Reports on military cantonments and civil stations in the Presidency of Bombay inspected by the Sanitary Commissioner in the years 1875 and 1876
Year: 1875
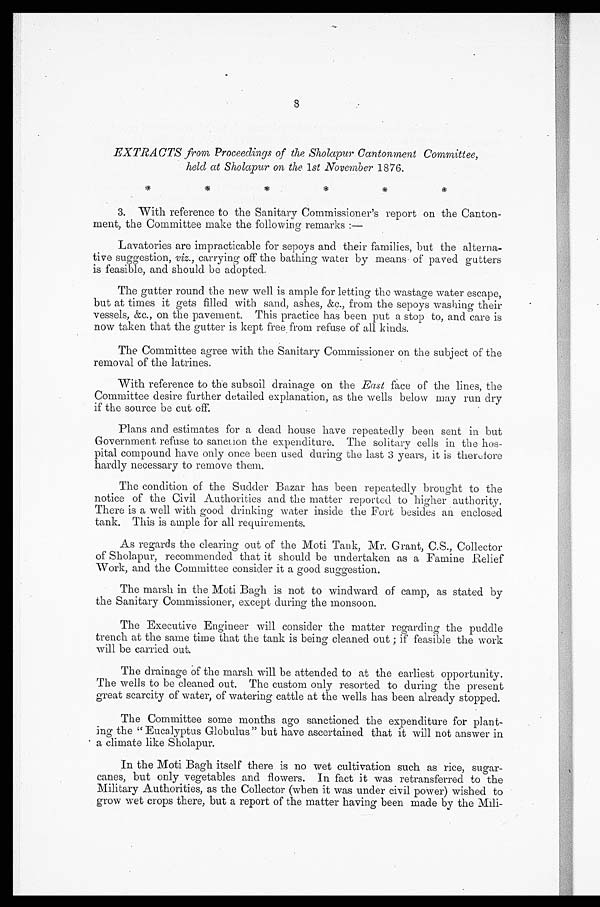
EXTRACTS from Proceedings of the Sholapur Cantonment Committee,
held at Sholapur on the 1st November 1876.
3. With reference to the Sanitary Commissioner’ us report on the Canton
- ment, the Committee make the following remarks :—
Lavatories are impracticable for sepoys and their families, but the alterna-
tive suggestion, viz., carrying off the bathing water by means of paved gutters
is feasible, and should be adopted.
The gutter round the new well is ample for letting the wastage water escape,
but at times it gets filled with sand, ashes, &c., from the sepoys washing their
vessels, &c., on the pavement. This practice has been put a stop to, and care is
now taken that the gutter is kept free from refuse of all kinds.
The Committee agree with the Sanitary Commissioner on the subject of the
removal of the latrines.
With reference to the subsoil drainage on the East face of the lines, the
Committee desire further detailed explanation, as the wells below may run dry
if the source be cut off.
Plans and estimates for a dead house have repeatedly been sent in but
Government refuse to sanction the expenditure. The solitary cells in the hos-
pital compound have only once been used during the last 3 years, it is therefore
hardly necessary to remove them.
The condition of the Sudder Bazar has been repeatedly brought to the
notice of the Civil Authorities and the matter reported to higher authority.
There is a well with good drinking water inside the Fort besides an enclosed
tank. This is ample for all requirements.
As regards the clearing out of the Moti Tank, Mr. Grant, C.S., Collector
of Sholapur, recommended that it should be undertaken as a Famine Relief
Work, and the Committee consider it a good suggestion.
The marsh in the Moti Bagh is not to windward of camp, as stated by
the Sanitary Commissioner, except during the monsoon.
The Executive Engineer will consider the matter regarding the puddle
trench at the same time that the tank is being cleaned out; if feasible the work
will be carried out.
The drainage of the marsh will be attended to at the earliest opportunity.
The wells to be cleaned out. The custom only resorted to during the present
great scarcity of water, of watering cattle at the wells has been already stopped.
The Committee some months ago sanctioned the expenditure for plant-
ing the "Eucalyptus Globulus" but have ascertained that it will not answer in
a climate like Sholapur.
In the Moti Bagh itself there is no wet cultivation such as rice, sugar-
canes, but only vegetables and flowers. In fact it was retransferred to the
Military Authorities, as the Collector (when it was under civil power) wished to
grow wet crops there, but a report of the matter having been made by the Mili-